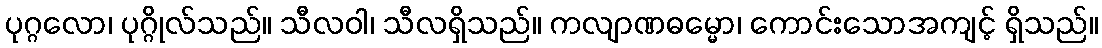
ပုဂ္ဂလော၊ ပုဂ္ဂိုလ်သည်။ သီလဝါ၊ သီလရှိသည်။ ကလျာဏဓမ္မော၊ ကောင်းသောအကျင့် ရှိသည်။